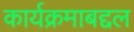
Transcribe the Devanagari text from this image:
कार्यक्रमाबद्दल